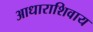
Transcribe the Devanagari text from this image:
आधाराशिवाय